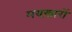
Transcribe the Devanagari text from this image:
मयख़ारों